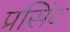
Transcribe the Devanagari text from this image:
प्रसिंद